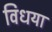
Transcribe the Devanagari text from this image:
विधया